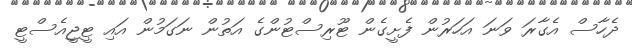
ދެހާސް އެގާރަ ވަނަ އަހަރުން ފެށީގެން ޓޫރިސްޓުންގެ އަތުން ނަގަމުން އައި ޓީޖީއެސްޓީ